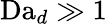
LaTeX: \textrm{Da}_{d}\gg 1